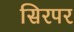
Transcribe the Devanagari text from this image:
सिरपर